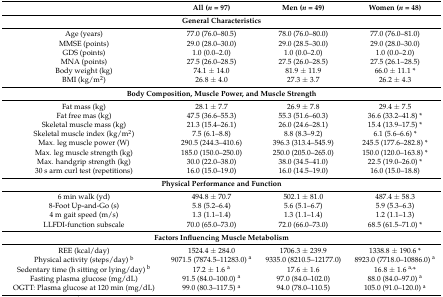
<table><thead><tr><td></td><td><b>All (<i>n</i> = 97)</b></td><td><b>Men (<i>n</i> = 49)</b></td><td><b>Women (<i>n</i> = 48)</b></td></tr></thead><tbody><tr><td colspan="4"><b>General Characteristics</b></td></tr><tr><td>Age (years)</td><td>77.0 (76.0–80.5)</td><td>78.0 (76.0–80.0)</td><td>77.0 (76.0–81.0)</td></tr><tr><td>MMSE (points)</td><td>29.0 (28.0–30.0)</td><td>29.0 (28.5–30.0)</td><td>29.0 (28.0–30.0)</td></tr><tr><td>GDS (points)</td><td>1.0 (0.0–2.0)</td><td>1.0 (0.0–2.0)</td><td>1.0 (0.0–2.0)</td></tr><tr><td>MNA (points)</td><td>27.5 (26.0–28.5)</td><td>27.5 (26.0–28.5)</td><td>27.5 (26.1–28.5)</td></tr><tr><td>Body weight (kg)</td><td>74.1 ± 14.0</td><td>81.9 ± 11.9</td><td>66.0 ± 11.1 *</td></tr><tr><td>BMI (kg/m<sup>2</sup>)</td><td>26.8 ± 4.0</td><td>27.3 ± 3.7</td><td>26.2 ± 4.3</td></tr><tr><td colspan="4"><b>Body Composition, Muscle Power, and Muscle Strength</b></td></tr><tr><td>Fat mass (kg)</td><td>28.1 ± 7.7</td><td>26.9 ± 7.8</td><td>29.4 ± 7.5</td></tr><tr><td>Fat free mas (kg)</td><td>47.5 (36.6–55.3)</td><td>55.3 (51.6–60.3)</td><td>36.6 (33.2–41.8) *</td></tr><tr><td>Skeletal muscle mass (kg)</td><td>21.3 (15.4–26.1)</td><td>26.0 (24.6–28.1)</td><td>15.4 (13.9–17.5) *</td></tr><tr><td>Skeletal muscle index (kg/m<sup>2</sup>)</td><td>7.5 (6.1–8.8)</td><td>8.8 (8.3–9.2)</td><td>6.1 (5.6–6.6) *</td></tr><tr><td>Max. leg muscle power (W)</td><td>290.5 (244.3–410.6)</td><td>396.3 (313.4–545.9)</td><td>245.5 (177.6–282.8) *</td></tr><tr><td>Max. leg muscle strength (kg)</td><td>185.0 (150.0–250.0)</td><td>250.0 (205.0–265.0)</td><td>150.0 (120.0–163.8) *</td></tr><tr><td>Max. handgrip strength (kg)</td><td>30.0 (22.0–38.0)</td><td>38.0 (34.5–41.0)</td><td>22.5 (19.0–26.0) *</td></tr><tr><td>30 s arm curl test (repetitions)</td><td>16.0 (15.0–19.0)</td><td>16.0 (14.5–19.0)</td><td>16.0 (15.0–18.8)</td></tr><tr><td colspan="4"><b>Physical Performance and Function</b></td></tr><tr><td>6 min walk (yd)</td><td>494.8 ± 70.7</td><td>502.1 ± 81.0</td><td>487.4 ± 58.3</td></tr><tr><td>8-Foot Up-and-Go (s)</td><td>5.8 (5.2–6.4)</td><td>5.6 (5.1–6.7)</td><td>5.9 (5.3–6.3)</td></tr><tr><td>4 m gait speed (m/s)</td><td>1.3 (1.1–1.4)</td><td>1.3 (1.1–1.4)</td><td>1.2 (1.1–1.3)</td></tr><tr><td>LLFDI-function subscale</td><td>70.0 (65.0–73.0)</td><td>72.0 (66.0–73.0)</td><td>68.5 (61.5–71.0) *</td></tr><tr><td colspan="4"><b>Factors Influencing Muscle Metabolism</b></td></tr><tr><td>REE (kcal/day)</td><td>1524.4 ± 284.0</td><td>1706.3 ± 239.9</td><td>1338.8 ± 190.6 *</td></tr><tr><td>Physical activity (steps/day) <sup>b</sup></td><td>9071.5 (7874.5–11283.0) <sup>a</sup></td><td>9335.0 (8210.5–12177.0)</td><td>8923.0 (7718.0–10886.0) <sup>a</sup></td></tr><tr><td>Sedentary time (h sitting or lying/day) <sup>b</sup></td><td>17.2 ± 1.6 <sup>a</sup></td><td>17.6 ± 1.6</td><td>16.8 ± 1.6 <sup>a,</sup>*</td></tr><tr><td>Fasting plasma glucose (mg/dL)</td><td>91.5 (84.0–100.0) <sup>a</sup></td><td>97.0 (84.0–102.0)</td><td>88.0 (84.0–97.0) <sup>a</sup></td></tr><tr><td>OGTT: Plasma glucose at 120 min (mg/dL)</td><td>99.0 (80.3–117.5) <sup>a</sup></td><td>94.0 (78.0–110.5)</td><td>105.0 (91.0–120.0) <sup>a</sup></td></tr></tbody></table>